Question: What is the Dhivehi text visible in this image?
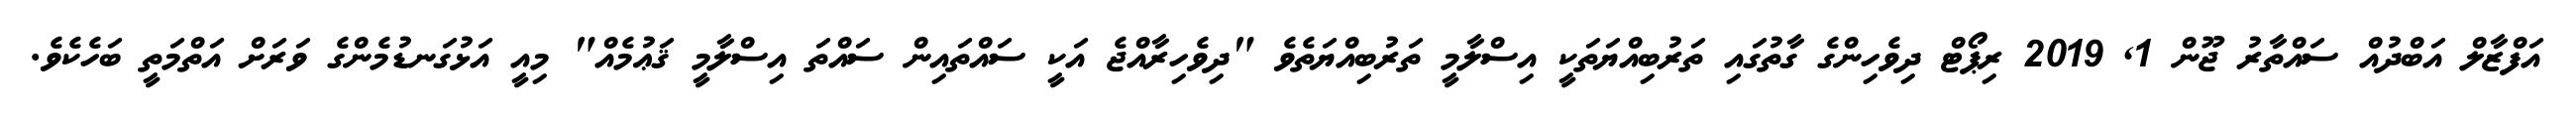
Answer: އަފްޒާލް އަބްދުއް ސައްތާރު ޖޫން 1, 2019 ރިޕޯޓް ދިވެހިންގެ ގާތުގައި ތަރުބިއްޔަތަކީ އިސްލާމީ ތަރުބިއްޔަތެވެ "ދިވެހިރާއްޖެ އަކީ ސައްތައިން ސައްތަ އިސްލާމީ ޤަޢުމެއް" މިއީ އަޅުގަނޑުމެންގެ ވަރަށް އަތްމަތީ ބަހެކެވެ.